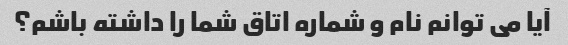
آیا می توانم نام و شماره اتاق شما را داشته باشم؟